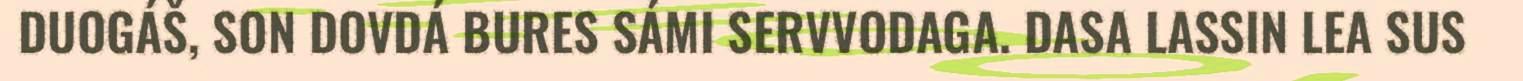
DUOGÁŠ, SON DOVDÁ BURES SÁMI SERVVODAGA. DASA LASSIN LEA SUS